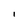
Character: I